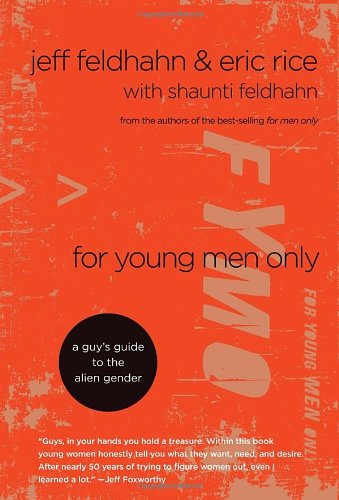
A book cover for For Young Men Only: A Guy's Guide to the Alien Gender; Jeff Feldhahn; Christian Books & Bibles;